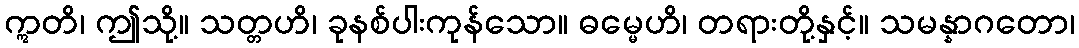
ဣတိ၊ ဤသို့။ သတ္တဟိ၊ ခုနစ်ပါးကုန်သော။ ဓမ္မေဟိ၊ တရားတို့နှင့်။ သမန္နာဂတော၊